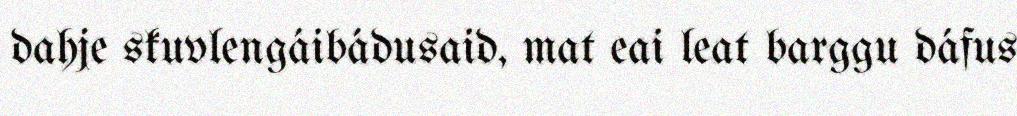
dahje skuvlengáibádusaid, mat eai leat barggu dáfus